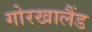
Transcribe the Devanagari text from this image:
गोरखालैंड